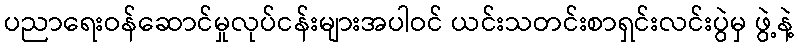
ပညာရေးဝန်ဆောင်မှုလုပ်ငန်းများအပါဝင် ယင်းသတင်းစာရှင်းလင်းပွဲမှ ဖွဲ့နဲ့